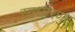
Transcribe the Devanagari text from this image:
साधारणा